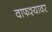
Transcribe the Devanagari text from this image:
वाफश्यावर